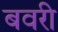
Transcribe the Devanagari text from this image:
बवरी